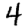
Digit: 4